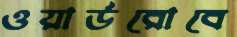
ওয়ার্ডরোবে